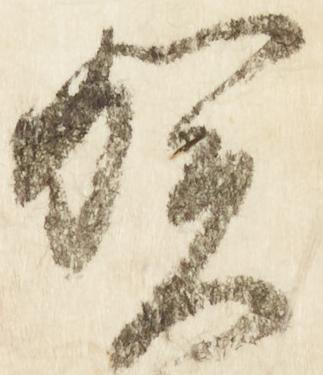
賀